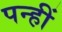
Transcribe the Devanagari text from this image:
पन्हीं